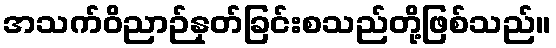
အသက်ဝိညာဉ်နုတ်ခြင်းစသည်တို့ဖြစ်သည်။